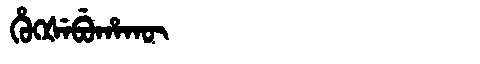
Manchu: ᡥᡠᡴᡧᡝᠪᡠᡥᠠᡴᡡ
Romanization: HUKŠEBUHAKŪ